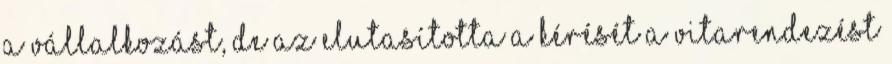
a vállalkozást, de az elutasította a kérését a vitarendezést